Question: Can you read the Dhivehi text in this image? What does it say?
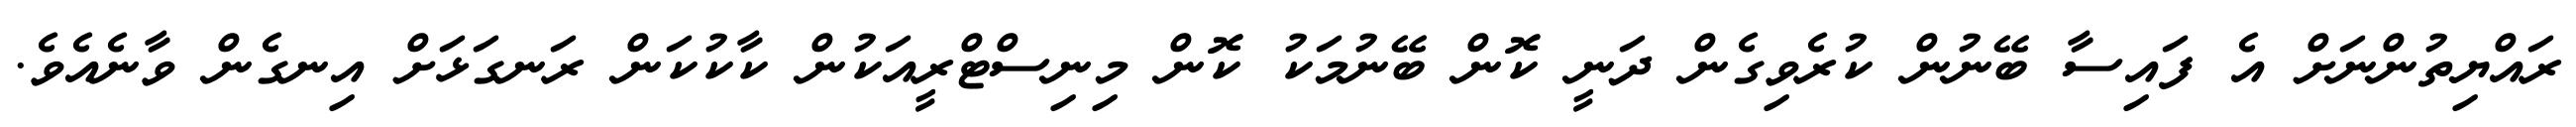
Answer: ރައްޔިތުންނަށް އެ ފައިސާ ބޭނުން ކުރެވިގެން ދަނީ ކޮން ބޭނުމަކު ކޮން މިނިސްޓްރީއަކުން ކާކުކަން ރަނގަޅަށް އިނގެން ވާނެއެވެ.